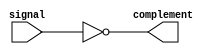
module not_gate (
    input signal,
    output complement
);

assign complement = ~signal;

endmodule